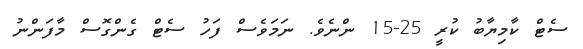
ސެޓް ކާމިޔާބު ކުރީ 25-15 ންނެވެ. ނަމަވެސް ފަހު ސެޓް ގެންގޮސް މާފަންނު